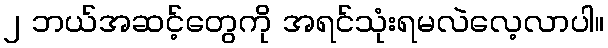
၂ ဘယ်အဆင့်တွေကို အရင်သုံးရမလဲလေ့လာပါ။